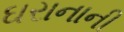
ઘરાનાની